38_143685_box7_Incident_Summaries_1-100
Agency: Department of War
Page 139
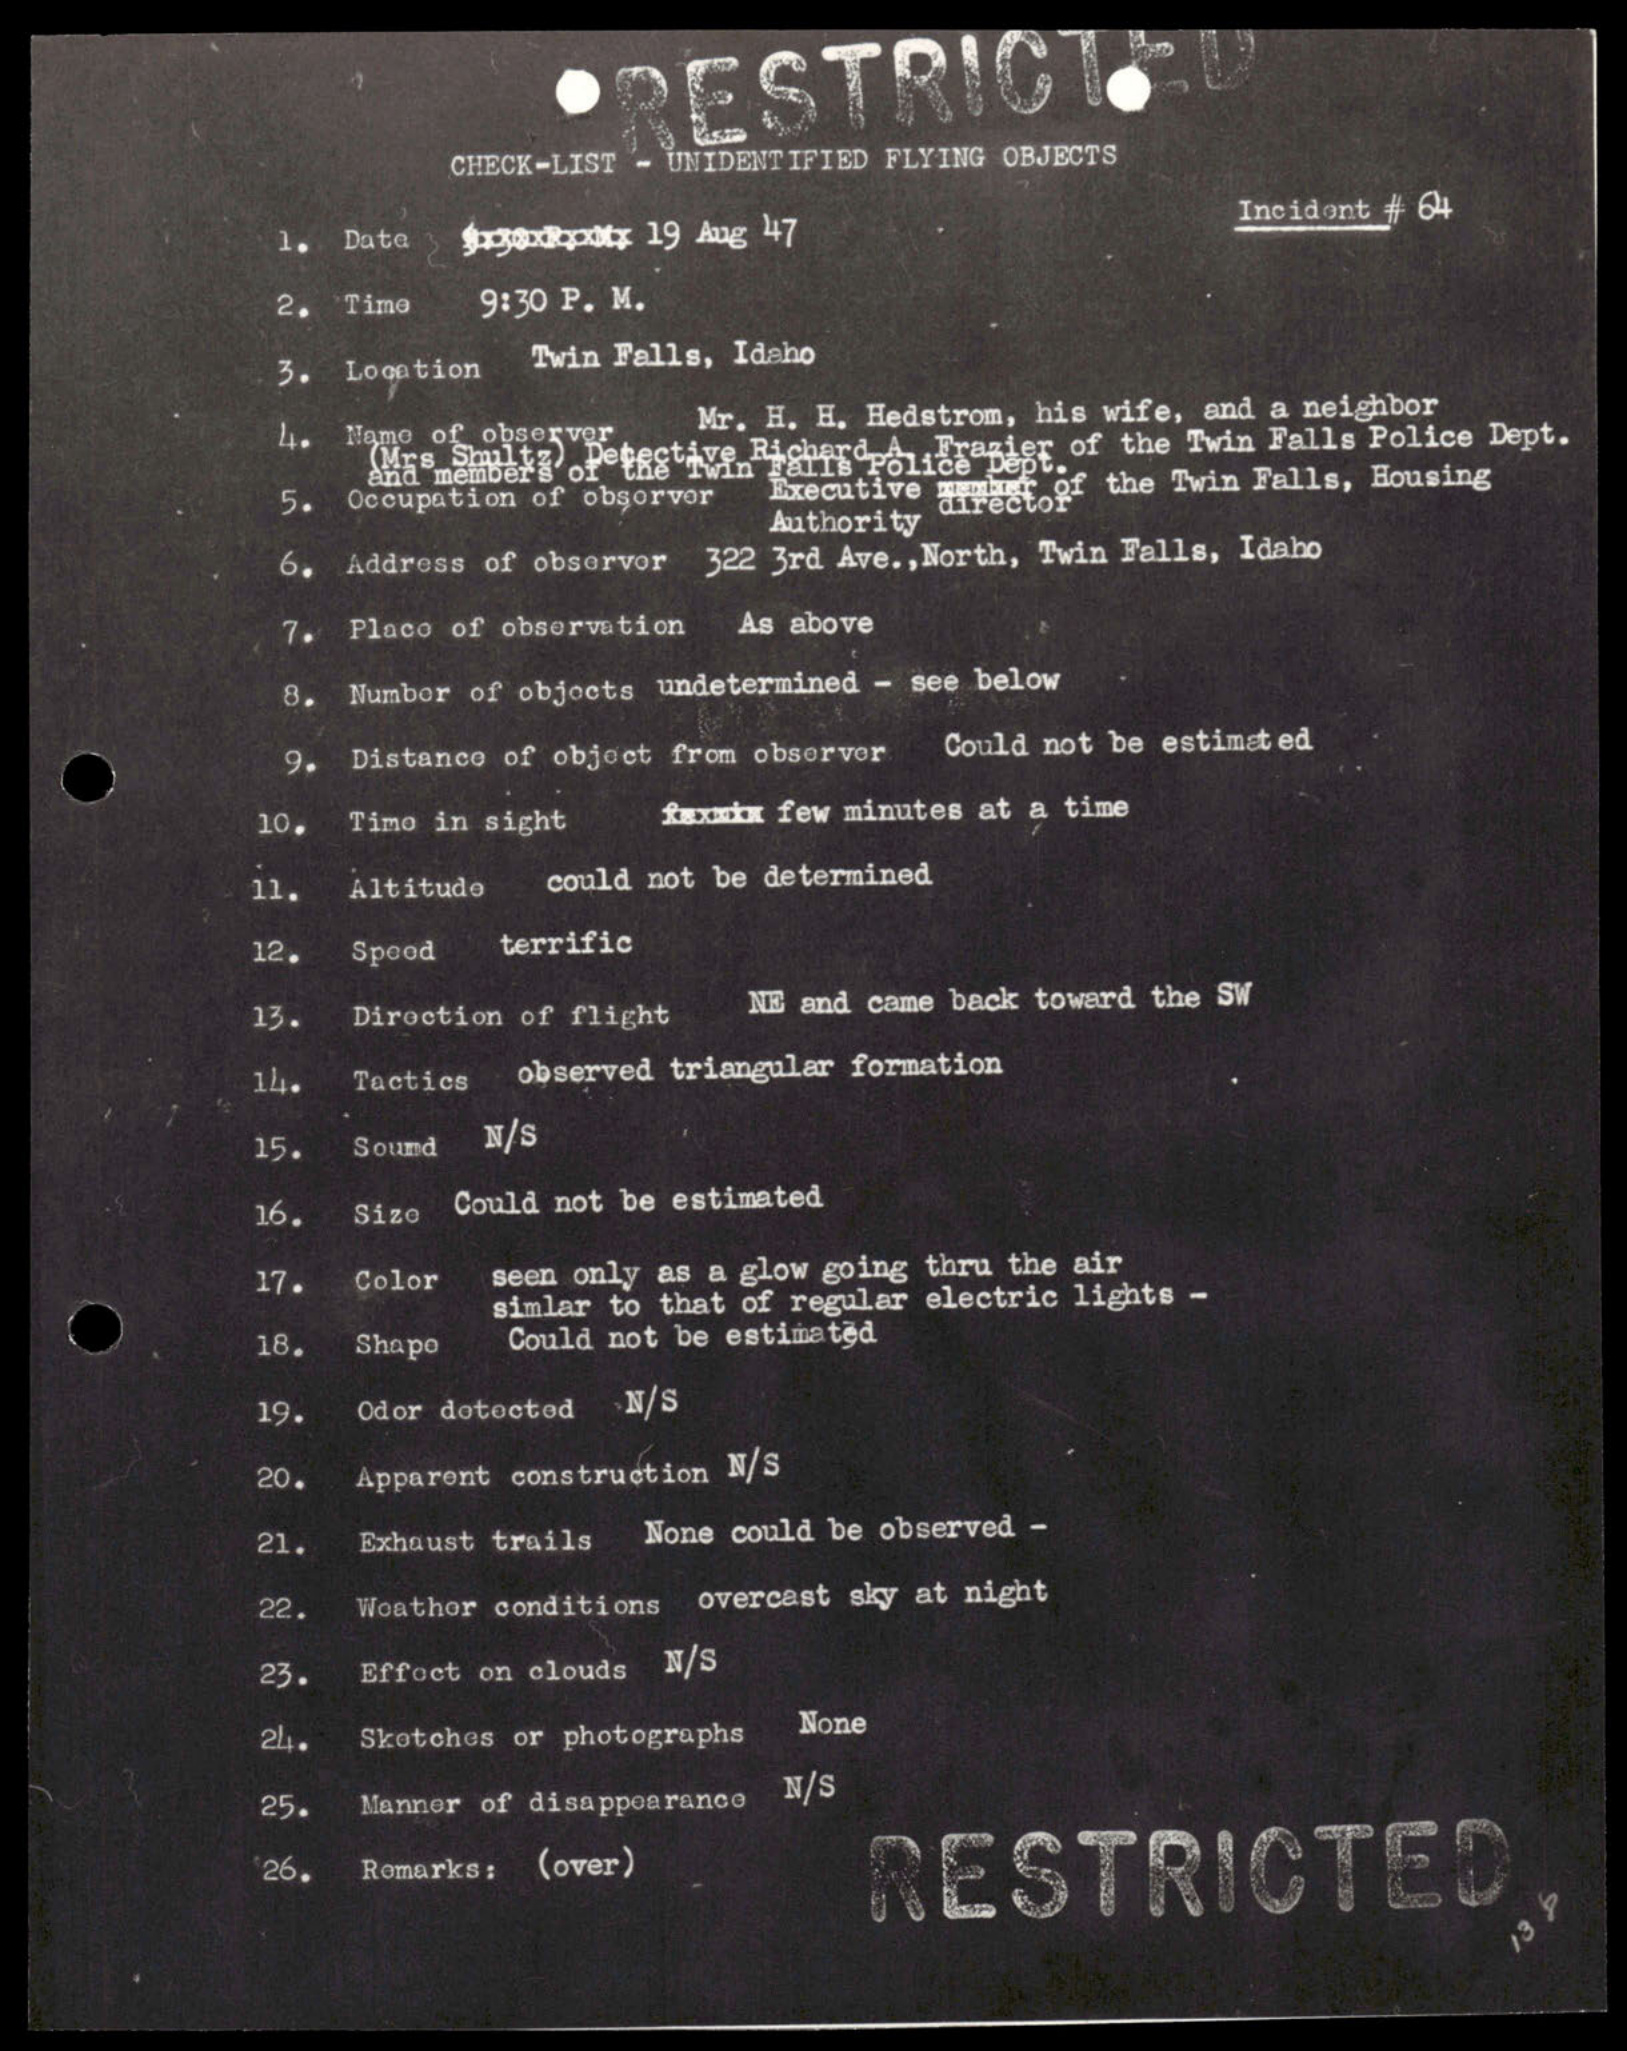